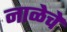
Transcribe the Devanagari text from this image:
नाळेचे